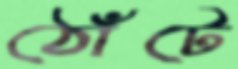
ঠোঁটে